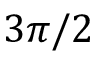
3 \pi / 2